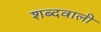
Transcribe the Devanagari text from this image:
शब्दवाली